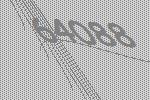
64088